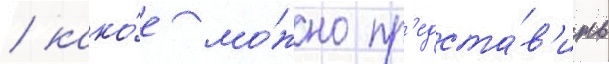
/ како́е мо́жно пр'едста́в'ить